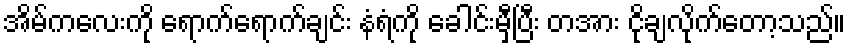
အိမ်ကလေးကို ရောက်ရောက်ချင်း နံရံကို ခေါင်းမှီပြီး တအား ငိုချလိုက်တော့သည်။